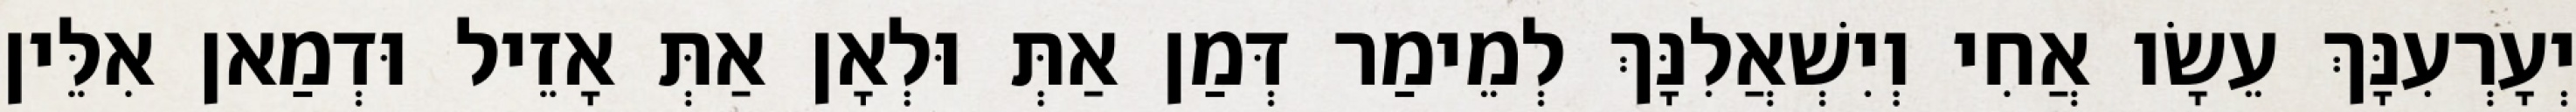
יְעָרְעִנָּךְ עֵשָׂו אֲחִי וְיִשְׁאֲלִנָּךְ לְמֵימַר דְּמַן אַתְּ וּלְאָן אַתְּ אָזֵיל וּדְמַאן אִלֵּין